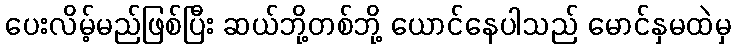
ပေးလိမ့်မည်ဖြစ်ပြီး ဆယ်ဘို့တစ်ဘို့ ယောင်နေပါသည် မောင်နှမထဲမှ